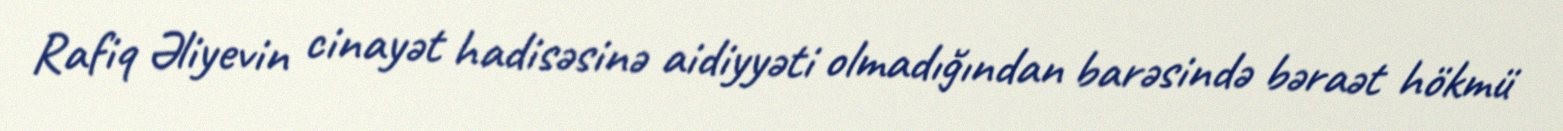
Rafiq Əliyevin cinayət hadisəsinə aidiyyəti olmadığından barəsində bəraət hökmü